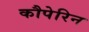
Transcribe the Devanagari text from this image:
कौपेरिन